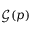
\mathcal { G } ( \boldsymbol { p } )